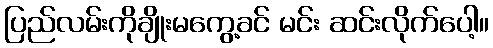
ပြည်လမ်းကိုချိုးမကွေ့ခင် မင်း ဆင်းလိုက်ပေါ့။